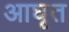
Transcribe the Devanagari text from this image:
आघृत